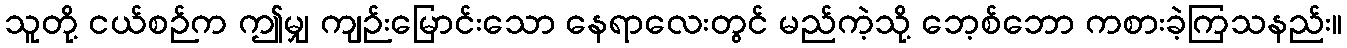
သူတို့ ငယ်စဉ်က ဤမျှ ကျဉ်းမြောင်းသော နေရာလေးတွင် မည်ကဲ့သို့ ဘေ့စ်ဘော ကစားခဲ့ကြသနည်း။